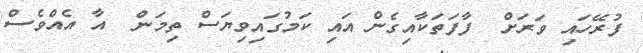
ފުރޭހައި ވަރަށް  ފާފަތަކާއިގެން އައި ކަމުގައިވިޔަސް ތިމަން  އާ އެއްވެސް